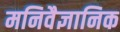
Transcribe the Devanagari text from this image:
मनिवैज्ञानिक